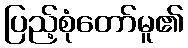
ပြည့်စုံတော်မူ၏